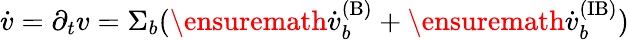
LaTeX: \dot{v}=\partial_{t}v=\Sigma_{b}(\ensuremath{\dot{v}_{b}^{\mathrm{(B)}}}+\ensuremath{\dot{v}_{b}^{\mathrm{(IB)}}})